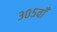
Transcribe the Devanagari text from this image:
३०५वाँ